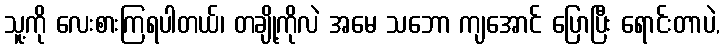
သူ့ကို လေးစားကြရပါတယ်၊ တချို့ကိုလဲ အမေ သဘော ကျအောင် ပြောပြီး ရောင်းတာပဲ,